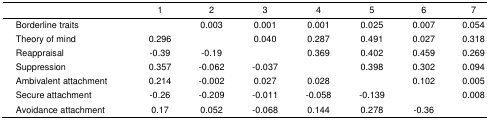
<table><thead><tr><td></td><td><b>1</b></td><td><b>2</b></td><td><b>3</b></td><td><b>4</b></td><td><b>5</b></td><td><b>6</b></td><td><b>7</b></td></tr></thead><tbody><tr><td>Borderline traits</td><td></td><td>0.003</td><td>0.001</td><td>0.001</td><td>0.025</td><td>0.007</td><td>0.054</td></tr><tr><td>Theory of mind</td><td>0.296</td><td></td><td>0.040</td><td>0.287</td><td>0.491</td><td>0.027</td><td>0.318</td></tr><tr><td>Reappraisal</td><td>-0.39</td><td>-0.19</td><td></td><td>0.369</td><td>0.402</td><td>0.459</td><td>0.269</td></tr><tr><td>Suppression</td><td>0.357</td><td>-0.062</td><td>-0.037</td><td></td><td>0.398</td><td>0.302</td><td>0.094</td></tr><tr><td>Ambivalent attachment</td><td>0.214</td><td>-0.002</td><td>0.027</td><td>0.028</td><td></td><td>0.102</td><td>0.005</td></tr><tr><td>Secure attachment</td><td>-0.26</td><td>-0.209</td><td>-0.011</td><td>-0.058</td><td>-0.139</td><td></td><td>0.008</td></tr><tr><td>Avoidance attachment</td><td>0.17</td><td>0.052</td><td>-0.068</td><td>0.144</td><td>0.278</td><td>-0.36</td><td></td></tr></tbody></table>